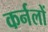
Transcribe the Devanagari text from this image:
कर्नलों